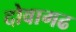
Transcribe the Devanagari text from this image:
दोवागढ